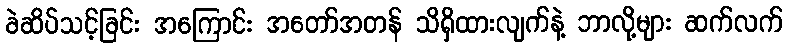
ခဲဆိပ်သင့်ခြင်း အကြောင်း အတော်အတန် သိရှိထားလျက်နဲ့ ဘာလို့များ ဆက်လက်